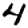
Digit: 4